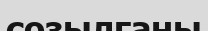
созылғаны